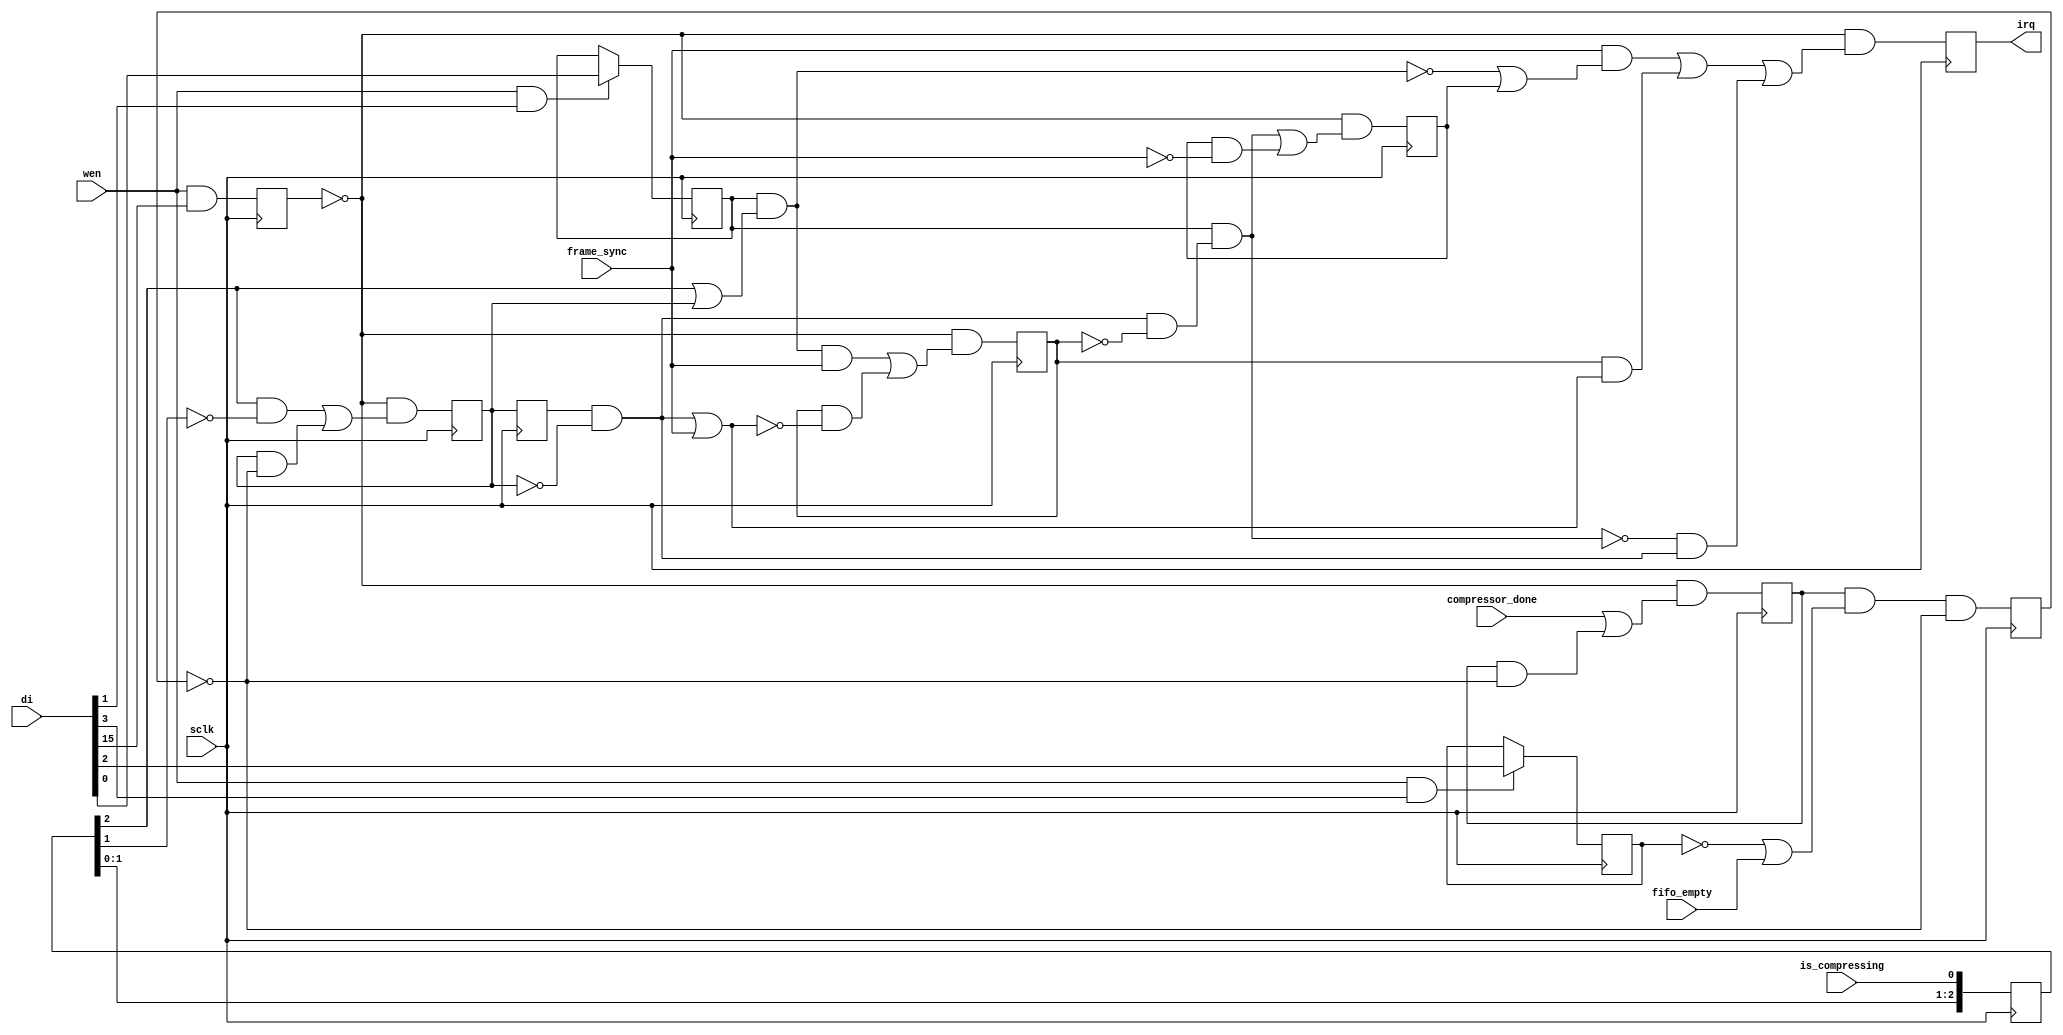
module irq_smart        (sclk,               // @negedge
                         wen,                // sync to address and d[0:15]
                         di,                 // [15:0] data in, only [3:0] are currently used
                         frame_sync,         // frame sync, single pulse @ negedge sclk
                         is_compressing,      // @posedge clk, needs re-sync
                         compressor_done,    // single pulse @ negedge sclk - compressor finished (some data is still in DMA FIFO)
                         fifo_empty,         // DMA FIFO empty (no gaps between compressor_done and !fifo_empty)
                         irq);                // single cycle $ negedge sclk output to be used as IRQ source

    input         sclk;
    input         wen;
    input  [15:0] di;
    input         frame_sync;         // frame sync, single pulse @ negedge sclk
    input         is_compressing;     // @posedge clk, needs re-sync
    input         compressor_done;    // single pulse @ negedge sclk - compressor finished (some data is still in DMA FIFO)
    input         fifo_empty;         // DMA FIFO empty (no gaps between compressor_done and !fifo_empty)
    output        irq;                // single cycle $ negedge sclk output to be used as IRQ source
	 
    reg    [2:0]  is_compressing_s;
    reg           is_finishing=0; /// no gap with is_compressing_s[2]
    reg           was_finishing;
                  // together they provide number of frames currently being processed (0/1/2)
    reg           wait_frame_sync;
    reg           wait_fifo;
    reg           compressor_fifo_done; // single cycle - compressor and and fifo done (next after done if !wait_fifo)
    reg           done_request  = 0;
    reg           irq;
    reg           rst;
    wire          will_postpone_fs; 
    wire          end_postpone_fs;
    wire          finished;
    reg           fs_postponed;
    wire          will_delay_done_irq;
    reg           delaying_done_irq;
    assign   will_postpone_fs=wait_frame_sync && (is_compressing_s[2] || is_finishing) ;
    assign   finished=was_finishing && ! is_finishing;
    assign   end_postpone_fs=finished || frame_sync;
    assign   will_delay_done_irq=wait_frame_sync && (finished && !fs_postponed);
    
    always @ (negedge sclk) begin
//control interface    
     if (wen & di[1]) wait_frame_sync <= di[0];
     if (wen & di[3]) wait_fifo       <= di[2];
     rst <=wen & di[15];
 // process frame sync postponed - wait for the compression to finish if it was started during previous frame
     fs_postponed <= !rst && ((will_postpone_fs && frame_sync) || (fs_postponed && !end_postpone_fs));
     delaying_done_irq <= !rst &&  (will_delay_done_irq || (delaying_done_irq && !frame_sync));
     
     is_compressing_s[2:0]<={is_compressing_s[1:0],is_compressing} ; // re-sync from posedge xclk to negedge clk
     done_request  <= !rst && (compressor_done || (done_request &&  !compressor_fifo_done));
     compressor_fifo_done <= done_request && (!wait_fifo || fifo_empty) && !compressor_fifo_done;
     is_finishing <=  !rst && ((is_compressing_s[2] && !is_compressing_s[1]) || 
                               (is_finishing && !compressor_fifo_done));
     was_finishing <= is_finishing;

     irq <= !rst && ((frame_sync &&  (!will_postpone_fs || delaying_done_irq)) ||
                     (fs_postponed && end_postpone_fs) || // will include frame_sync if compression did not finish
                     (!will_delay_done_irq && finished));
    end
endmodule